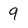
Character: 9